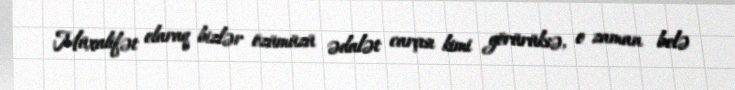
Müxalifət olaraq bizlər özümüzü ədalət carçısı kimi görürüksə, o zaman belə